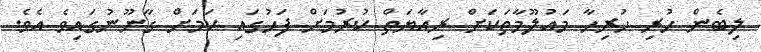
ލިބެން ހުރި ހުރިހާ މައުލޫމާތަކަށް ރިއާޔަތް ކުރުމަށް ފަހުގައި ކަމަށް ގާނޫނުގައިވެ އެވެ.